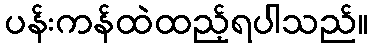
ပန်းကန်ထဲထည့်ရပါသည်။